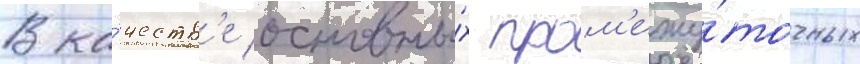
В ка́честв'е основны́х пром'ежу́точных